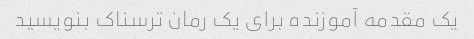
یک مقدمه آموزنده برای یک رمان ترسناک بنویسید